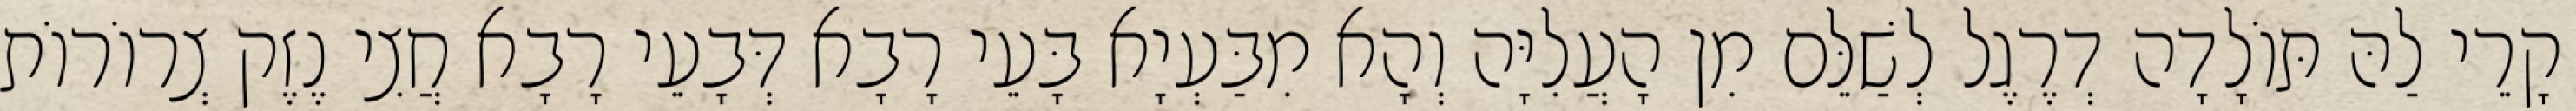
קָרֵי לַהּ תּוֹלָדָה דְרֶגֶל לְשַׁלֵּם מִן הָעֲלִיָּה וְהָא מִבַּעְיָא בָּעֵי רָבָא דְּבָעֵי רָבָא חֲצִי נֶזֶק צְרוֹרוֹת